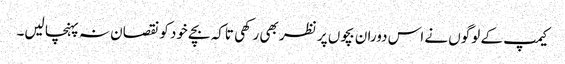
کیمپ کے لوگوں نے اس دوران بچوں پر نظر بھی رکھی تاکہ بچے خود کو نقصان نہ پہنچا لیں۔